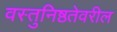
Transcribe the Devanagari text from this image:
वस्तुनिष्ठतेवरील